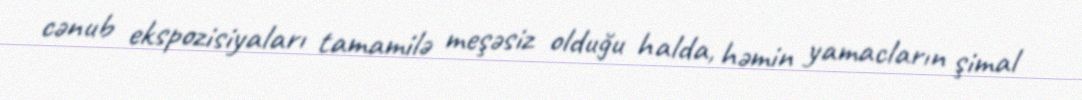
cənub ekspozisiyaları tamamilə meşəsiz olduğu halda, həmin yamacların şimal